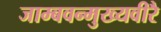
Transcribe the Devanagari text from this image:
जाम्बवन्मुख्यवीरै